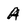
Character: A